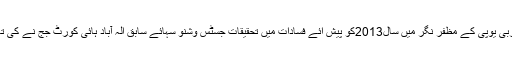
مغربی یوپی کے مظفر نگر میں سال2013کو پیش ائے فسادات میں تحقیقات جسٹس وشنو سہائے سابق الہ آباد ہائی کورٹ جج نے کی تھی۔